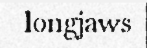
longjaws